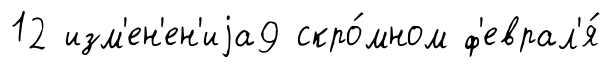
12 изм'ен'ен'иjа9 скро́мном ф'еврал'я́